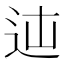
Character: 𨑿